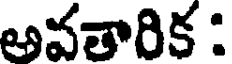
అవతారిక :